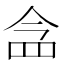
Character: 𮊀